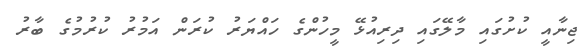
ޖިނާއީ ކުށުގައި މާލޭގައި ދިރިއުޅޭ މީހުންގެ ހައްޔަރު ކުރަން އަމުރު ކުރުމުގެ ބާރު